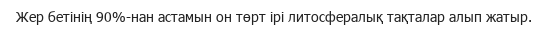
Жер бетінің 90%-нан астамын он төрт ірі литосфералық тақталар алып жатыр.